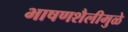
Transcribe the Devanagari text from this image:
भाषणशैलीमुळे